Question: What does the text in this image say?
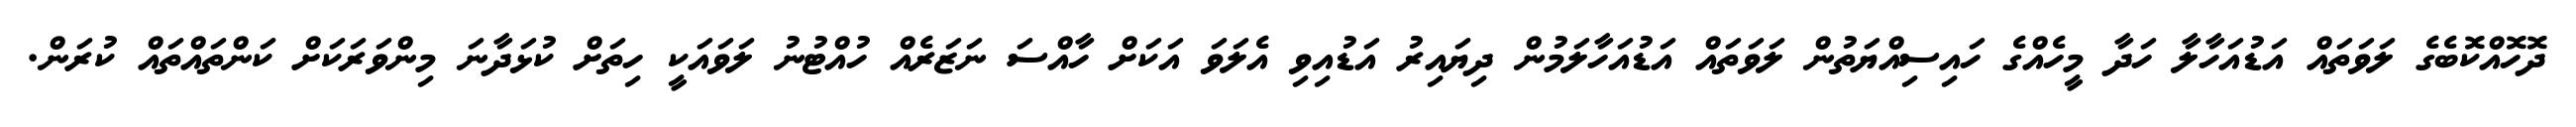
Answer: ދޮހޮއްކޮބެގެ ލަވަތައް އަޑުއަހާލާ ހަދާ މީހެއްގެ ހައިސިއްޔަތުން ލަވަތައް އަޑުއަހާލަމުން ދިޔައިރު އަޑުއިވި އެލަވަ އަކަށް ހާއްސަ ނަޒަރެއް ހުއްޓުނު ލަވައަކީ ހިތަށް ކުޅަދާނަ މިންވަރަކަށް ކަންތައްތައް ކުރަން.